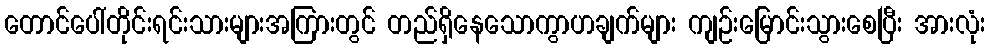
တောင်ပေါ်တိုင်းရင်းသားများအကြားတွင် တည်ရှိနေသောကွာဟချက်များ ကျဉ်းမြောင်းသွားစေပြီး အားလုံး